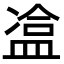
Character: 𥁿